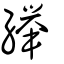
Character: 𦇙